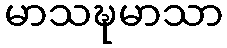
မာသဍ္ဎမာသာ